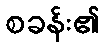
စခန်း၏